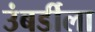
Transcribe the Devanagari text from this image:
उंबर्डीला